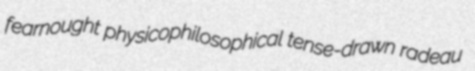
fearnought physicophilosophical tense-drawn radeau